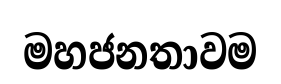
මහජනතාවම